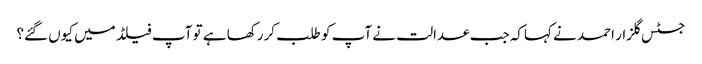
جسٹس گلزار احمد نے کہاکہ جب عدالت نے آپ کو طلب کررکھا ہے تو آپ فیلڈ میں کیوں گئے؟